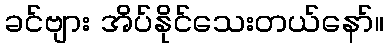
ခင်ဗျား အိပ်နိုင်သေးတယ်နော်။